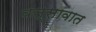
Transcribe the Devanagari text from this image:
वस्सावात